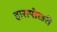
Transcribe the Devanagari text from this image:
हासपोखरी